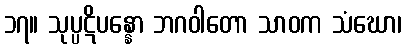
၁၇။ သုပ္ပဋိပန္နော ဘဂဝါတော သာဝက သံဃော၊